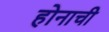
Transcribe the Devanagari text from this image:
होनाची